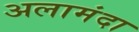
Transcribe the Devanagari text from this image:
अलामंदा